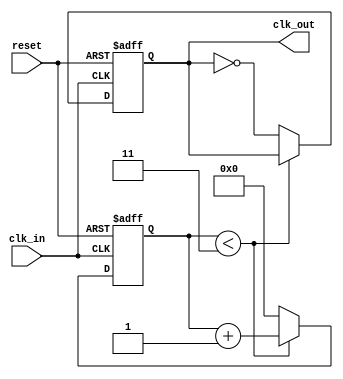
module parameterized_clk_divider #(
    parameter DIV_FACTOR = 4  // Division factor, must be a positive integer
)(
    input wire clk_in,         // Input clock signal
    input wire reset,          // Asynchronous reset signal
    output reg clk_out         // Output divided clock signal
);

    // Internal signal for counting
    reg [31:0] count;          // Counter to track clock cycles

    // Always block for clock division logic
    always @(posedge clk_in or posedge reset) begin
        if (reset) begin
            count <= 0;        // Reset counter
            clk_out <= 0;      // Initialize output clock
        end else begin
            if (count < (DIV_FACTOR - 1)) begin
                count <= count + 1; // Increment counter
            end else begin
                count <= 0;        // Reset counter
                clk_out <= ~clk_out; // Toggle output clock
            end
        end
    end

endmodule